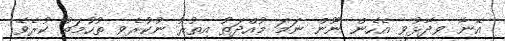
އޭނާ ވިދާޅުވީ އެހެން ނޫން ނަމަ މުއްދަތު އިތުރު ނުކުރެވި ތުހުމަތު ކުރެވޭ